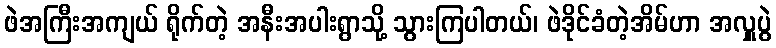
ဖဲအကြီးအကျယ် ရိုက်တဲ့ အနီးအပါးရွာသို့ သွားကြပါတယ်၊ ဖဲဒိုင်ခံတဲ့အိမ်ဟာ အလှူပွဲ